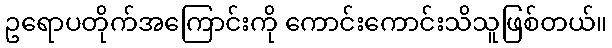
ဥရောပတိုက်အကြောင်းကို ကောင်းကောင်းသိသူဖြစ်တယ်။